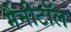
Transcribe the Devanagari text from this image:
मैनीटॉल